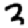
Digit: 3